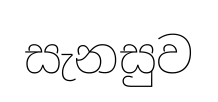
සැනසුව